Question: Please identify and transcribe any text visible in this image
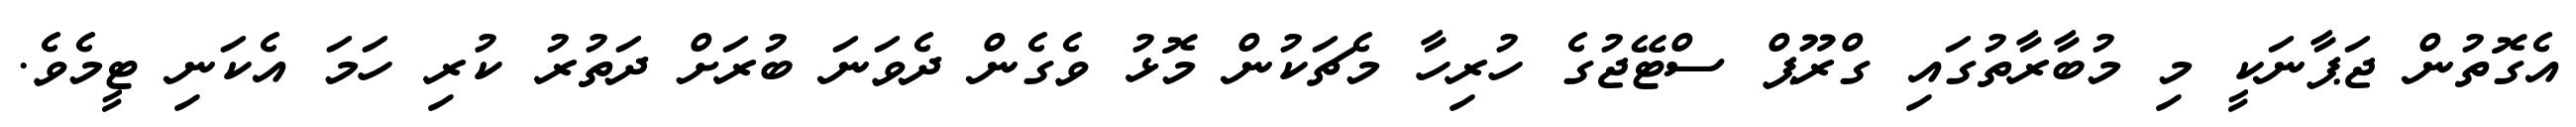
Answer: އެގޮތުން ޖަޕާނަކީ މި މުބާރާތުގައި ގްރޫޕް ސްޓޭޖުގެ ހުރިހާ މެޗަކުން މޮޅު ވެގެން ދެވަނަ ބުރަށް ދަތުރު ކުރި ހަމަ އެކަނި ޓީމެވެ.